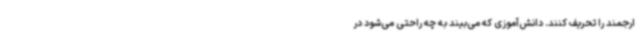
ارجمند را تحریف کنند. دانش‌آموزی که می‌بیند به چه راحتی می‌شود در